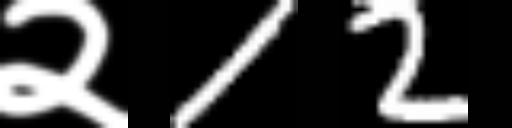
Text: २12